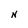
Character: N